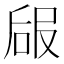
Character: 𠵳